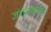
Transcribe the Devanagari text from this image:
जंगलवाचन